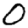
Digit: 0